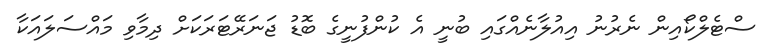
ސްޓެލްކޯއިން ނެރުނު އިއުލާނެއްގައި ބުނީ އެ ކުންފުނީގެ ބޮޑު ޖަނަރޭޓަރަކަށް ދިމާވި މައްސަލައަކާ